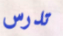
تدرس